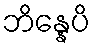
ဘိန္နေပိ